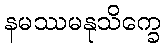
နမဿမနုသိက္ခေ